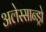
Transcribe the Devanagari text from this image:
अलेस्सान्ड्रो